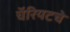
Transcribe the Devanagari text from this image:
चॅरियटचे